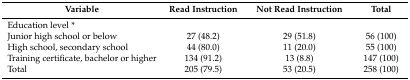
| Variable | Read Instruction | Not Read Instruction | Total |
 | --- | --- | --- | --- |
 | <COLSPAN=4> Education level * |
 | Junior high school or below | 27 (48.2) | 29 (51.8) | 56 (100) |
 | High school, secondary school | 44 (80.0) | 11 (20.0) | 55 (100) |
 | Training certificate, bachelor or higher | 134 (91.2) | 13 (8.8) | 147 (100) |
 | Total | 205 (79.5) | 53 (20.5) | 258 (100) |